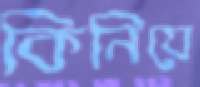
কিনিয়ে